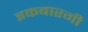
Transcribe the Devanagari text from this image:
इकबारगी